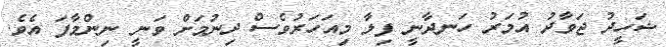
ޝަހީދު ޖަވާދު އުމަރު ހަނދާނީ ފިލާ މިއަހަރުވެސް ދިނުމަށް ވަނީ ނިންމާފަ އެވެ.